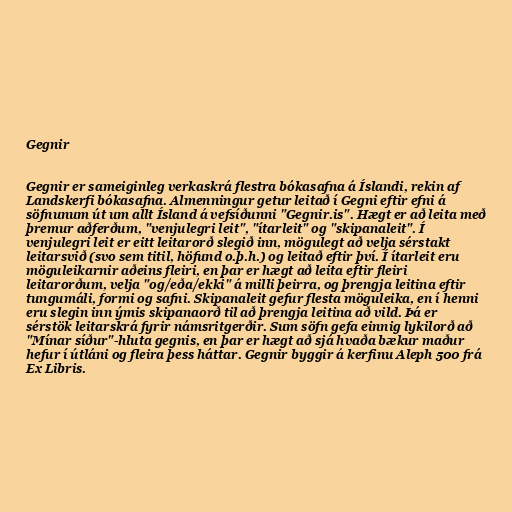
Gegnir

Gegnir er sameiginleg verkaskrá flestra bókasafna á Íslandi, rekin af
Landskerfi bókasafna. Almenningur getur leitað í Gegni eftir efni á
söfnunum út um allt Ísland á vefsíðunni "Gegnir.is". Hægt er að leita með
þremur aðferðum, "venjulegri leit", "ítarleit" og "skipanaleit". Í
venjulegri leit er eitt leitarorð slegið inn, mögulegt að velja sérstakt
leitarsvið (svo sem titil, höfund o.þ.h.) og leitað eftir því. Í ítarleit eru
möguleikarnir aðeins fleiri, en þar er hægt að leita eftir fleiri
leitarorðum, velja "og/eða/ekki" á milli þeirra, og þrengja leitina eftir
tungumáli, formi og safni. Skipanaleit gefur flesta möguleika, en í henni
eru slegin inn ýmis skipanaorð til að þrengja leitina að vild. Þá er
sérstök leitarskrá fyrir námsritgerðir. Sum söfn gefa einnig lykilorð að
"Mínar síður"-hluta gegnis, en þar er hægt að sjá hvaða bækur maður
hefur í útláni og fleira þess háttar. Gegnir byggir á kerfinu Aleph 500 frá
Ex Libris.